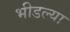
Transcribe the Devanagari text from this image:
भीडल्या